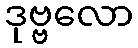
ဒုဗ္ဗလော